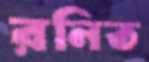
রনিত